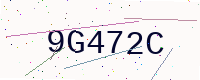
Text: 9G472C